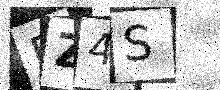
Text: DZ4S